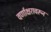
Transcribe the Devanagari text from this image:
वर्णाक्षरावरून